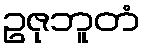
ဥဇုဘူတံ